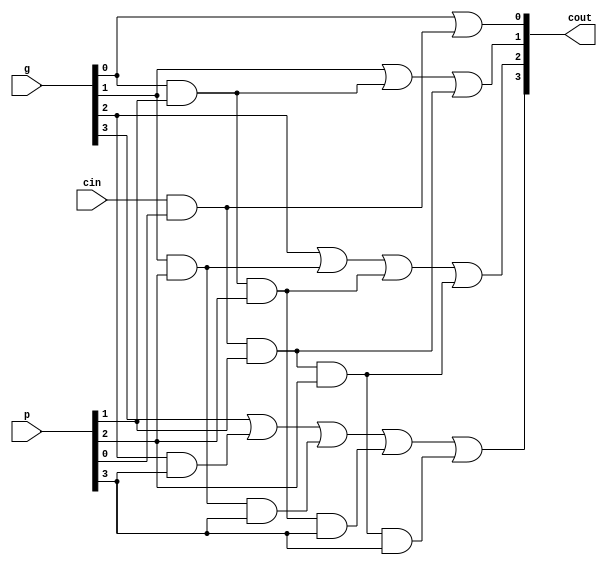
module carrylookaheadunit(
                          input cin,    
                          input [3:0] g,
                          input [3:0] p,
                          output [3:0] cout
                          );

assign cout[0] = g[0] | (p[0] & cin);
assign cout[1] = g[1] | (g[0] & p[1]) | (cin & p[0] & p[1]);
assign cout[2] = g[2] | (g[1] & p[2]) | (g[0] & p[1] & p[2]) | (cin & p[0] & p[1] & p[2]);
assign cout[3] = g[3] | (g[2] & p[3]) | (g[1] & p[2] & p[3]) | (g[0] & p[1] & p[2] & p[3]) | (cin & p[0] & p[1] & p[2] & p[3]);

endmodule